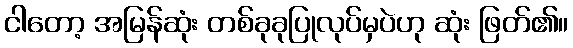
ငါတော့ အမြန်ဆုံး တစ်ခုခုပြုလုပ်မှပဲဟု ဆုံး ဖြတ်၏။